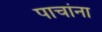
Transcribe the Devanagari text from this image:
पाचांना